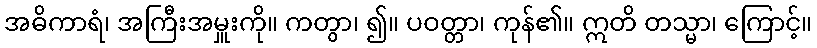
အဓိကာရံ၊ အကြီးအမှူးကို။ ကတွာ၊ ၍။ ပဝတ္တာ၊ ကုန်၏။ ဣတိ တသ္မာ၊ ကြောင့်။